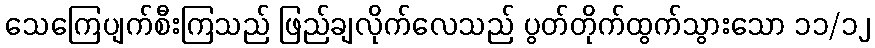
သေကြေပျက်စီးကြသည် ဖြည်ချလိုက်လေသည် ပွတ်တိုက်ထွက်သွားသော ၁၁/၁၂